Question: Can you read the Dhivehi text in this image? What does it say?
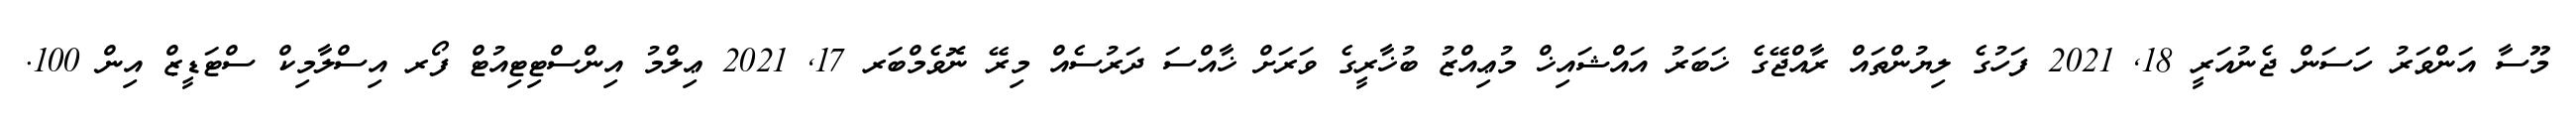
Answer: މޫސާ އަންވަރު ހަސަން ޖެނުއަރީ 18, 2021 ފަހުގެ ލިޔުންތައް ރާއްޖޭގެ ޚަބަރު އައްޝައިޚް މުޢިއްޒު ބުޚާރީގެ ވަރަށް ޚާއްސަ ދަރުސެއް މިރޭ ނޮވެމްބަރ 17, 2021 ޢިލްމު އިންސްޓިޓިއުޓް ފޯރ އިސްލާމިކް ސްޓަޑީޒް އިން 100.